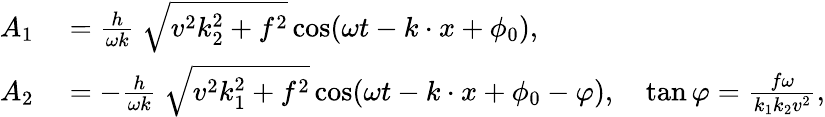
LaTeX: \begin{array}{rl}{A_{1}}&{{}=\frac{h}{\omega k}\ {\sqrt{v^{2}k_{2}^{2}+f^{2}}}\cos(\omega t-k\cdot x+\phi_{0}),\ }\\ {A_{2}}&{{}=-\frac{h}{\omega k}\ {\sqrt{v^{2}k_{1}^{2}+f^{2}}}\cos(\omega t-k\cdot x+\phi_{0}-\varphi),\quad\tan\varphi=\frac{f\omega}{k_{1}k_{2}v^{2}},}\end{array}